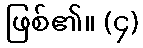
ဖြစ်၏။ (၄)